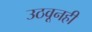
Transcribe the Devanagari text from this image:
उठवूनही